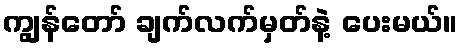
ကျွန်တော် ချက်လက်မှတ်နဲ့ ပေးမယ်။